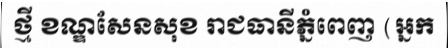
ថ្មី ខណ្ឌសែនសុខ រាជធានីភ្នំពេញ (អ្នក